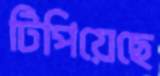
টিপিয়েছে